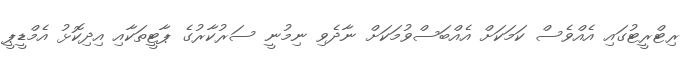
ރިޓްރީޓުގައި އެއްވެސް ކަމަކަށް އެއްބަސްވުމަކަށް ނާދެވި ނިމުނީ ސަރުކާރުގެ ޕާޓީތަކާއި އިދިކޮޅު އެމްޑީޕީ